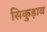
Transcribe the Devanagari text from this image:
सिकुड़ाव